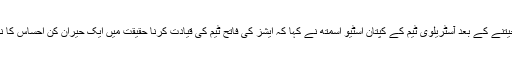
ایشز جیتنے کے بعد آسٹریلوی ٹیم کے کپتان اسٹیو اسمتھ نے کہا کہ ایشز کی فاتح ٹیم کی قیادت کرنا حقیقت میں ایک حیران کن احساس کا نام ہے۔